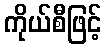
ကိုယ်စီဖြင့်